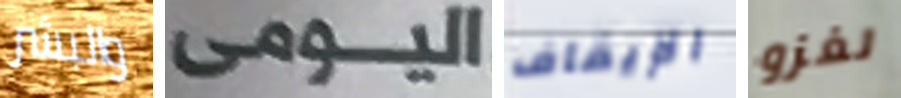
والبشر اليومى الإيقاف لغزو